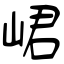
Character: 峮